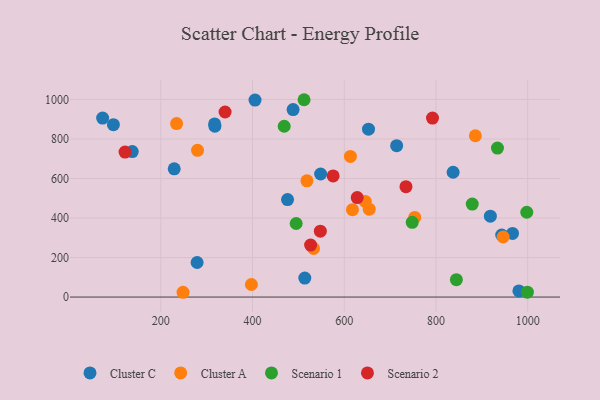
{"axis": {"x": "Investment", "y": "Profit"}, "legend": ["Cluster A", "Cluster C", "Scenario 1", "Scenario 2"], "data": [{"x": "279.2", "y": 175.0, "type": "Cluster C"}, {"x": "514.0", "y": 96.1, "type": "Cluster C"}, {"x": "318.0", "y": 865.0, "type": "Cluster C"}, {"x": "137.8", "y": 736.1, "type": "Cluster C"}, {"x": "96.7", "y": 872.5, "type": "Cluster C"}, {"x": "918.6", "y": 409.5, "type": "Cluster C"}, {"x": "476.4", "y": 493.3, "type": "Cluster C"}, {"x": "488.5", "y": 948.7, "type": "Cluster C"}, {"x": "652.9", "y": 849.7, "type": "Cluster C"}, {"x": "548.5", "y": 622.7, "type": "Cluster C"}, {"x": "837.4", "y": 631.5, "type": "Cluster C"}, {"x": "980.8", "y": 30.9, "type": "Cluster C"}, {"x": "943.3", "y": 314.0, "type": "Cluster C"}, {"x": "966.9", "y": 322.0, "type": "Cluster C"}, {"x": "714.3", "y": 766.0, "type": "Cluster C"}, {"x": "317.4", "y": 876.0, "type": "Cluster C"}, {"x": "73.2", "y": 905.6, "type": "Cluster C"}, {"x": "229.3", "y": 649.1, "type": "Cluster C"}, {"x": "405.5", "y": 996.7, "type": "Cluster C"}, {"x": "234.5", "y": 877.7, "type": "Cluster A"}, {"x": "654.5", "y": 444.5, "type": "Cluster A"}, {"x": "885.9", "y": 816.3, "type": "Cluster A"}, {"x": "518.7", "y": 588.1, "type": "Cluster A"}, {"x": "753.7", "y": 403.2, "type": "Cluster A"}, {"x": "645.8", "y": 483.7, "type": "Cluster A"}, {"x": "946.5", "y": 303.9, "type": "Cluster A"}, {"x": "617.9", "y": 442.4, "type": "Cluster A"}, {"x": "613.5", "y": 711.6, "type": "Cluster A"}, {"x": "533.2", "y": 245.7, "type": "Cluster A"}, {"x": "280.1", "y": 742.3, "type": "Cluster A"}, {"x": "397.6", "y": 63.5, "type": "Cluster A"}, {"x": "248.5", "y": 24.2, "type": "Cluster A"}, {"x": "495.2", "y": 372.2, "type": "Scenario 1"}, {"x": "469.1", "y": 864.3, "type": "Scenario 1"}, {"x": "844.5", "y": 87.8, "type": "Scenario 1"}, {"x": "934.1", "y": 754.1, "type": "Scenario 1"}, {"x": "999.3", "y": 24.6, "type": "Scenario 1"}, {"x": "748.2", "y": 378.1, "type": "Scenario 1"}, {"x": "998.0", "y": 429.1, "type": "Scenario 1"}, {"x": "512.4", "y": 998.6, "type": "Scenario 1"}, {"x": "879.1", "y": 470.5, "type": "Scenario 1"}, {"x": "340.2", "y": 936.4, "type": "Scenario 2"}, {"x": "575.8", "y": 613.1, "type": "Scenario 2"}, {"x": "628.3", "y": 503.6, "type": "Scenario 2"}, {"x": "734.6", "y": 558.6, "type": "Scenario 2"}, {"x": "792.4", "y": 905.5, "type": "Scenario 2"}, {"x": "547.9", "y": 333.2, "type": "Scenario 2"}, {"x": "526.7", "y": 263.0, "type": "Scenario 2"}, {"x": "122.1", "y": 733.5, "type": "Scenario 2"}]}